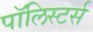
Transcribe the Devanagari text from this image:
पॉलिस्टर्स